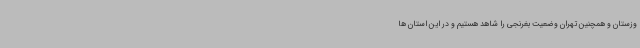
وزستان و همچنین تهران وضعیت بغرنجی را شاهد هستیم و در این استان ها